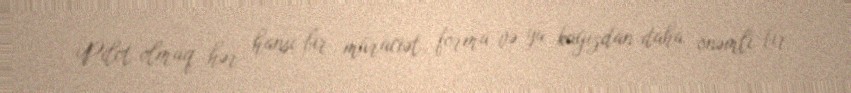
Pilot olmaq hər hansı bir müraciət, forma və ya kağızdan daha önəmli bir